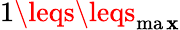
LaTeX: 1\leqs\leqs_{\operatorname*{ma\mathbf{x}}}